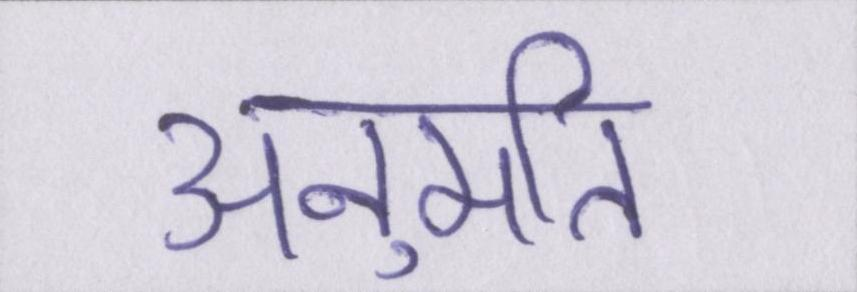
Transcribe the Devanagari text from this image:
अनुमति